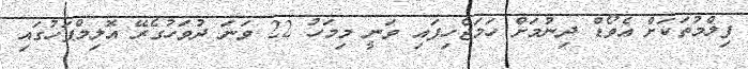
ފިލްމުތަކަށް އެވޯޑް ދިނުމަށް ހަމަޖެހިފައި ވަނީ މިމަހު 22 ވަނަ ދުވަހުގެރޭ އޮލިމްޕަހުގައި